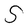
Character: S